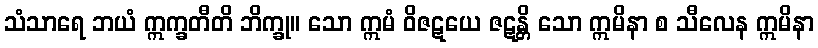
သံသာရေ ဘယံ ဣက္ခတီတိ ဘိက္ခု။ သော ဣမံ ဝိဇဋယေ ဇဋန္တိ သော ဣမိနာ စ သီလေန ဣမိနာ